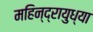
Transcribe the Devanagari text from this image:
महिन्द्रायुध्या